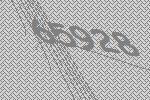
65928